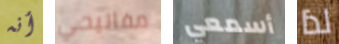
أنه مفاتيحي أسمعي لذا